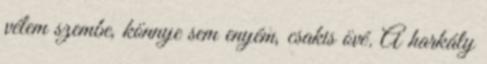
vélem szembe, könnye sem enyém, csakis övé. A harkály